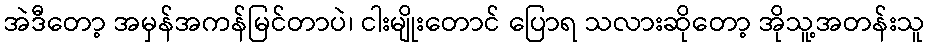
အဲဒီတော့ အမှန်အကန်မြင်တာပဲ၊ ငါးမျိုးတောင် ပြောရ သလားဆိုတော့ အိုသူ့အတန်းသူ